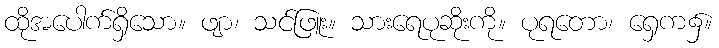
ထိုအပေါက်ရှိသော။ ဖျာ၊ သင်ဖြူး။ သားရေပုဆိုးကို။ ပုရတော၊ ရှေက၌။